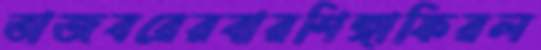
তাজবরেরবারশিঙ্গাফিরল